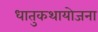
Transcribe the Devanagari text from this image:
धातुकथायोजना